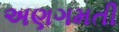
અણગમતી